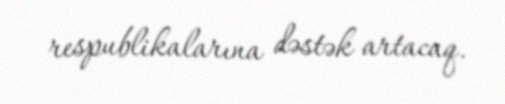
respublikalarına dəstək artacaq.